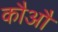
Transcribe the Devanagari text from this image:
कौऔ